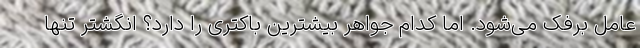
عامل برفک می‌شود. اما کدام جواهر بیشترین باکتری را دارد؟ انگشتر تنها